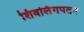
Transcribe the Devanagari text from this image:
शिवलिंगपतन